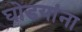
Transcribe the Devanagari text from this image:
घोडयांना